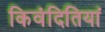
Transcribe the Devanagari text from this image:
किवंदितियां